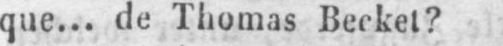
que... de Thomas Becket?